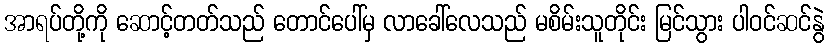
အာရပ်တို့ကို ဆောင့်တတ်သည် တောင်ပေါ်မှ လာခေါ်လေသည် မစိမ်းသူတိုင်း မြင်သွား ပါဝင်ဆင်နွဲ